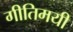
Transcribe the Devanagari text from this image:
गीतिमयी